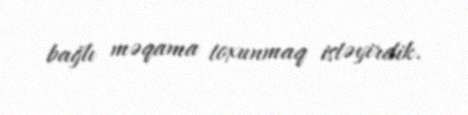
bağlı məqama toxunmaq istəyirdik.